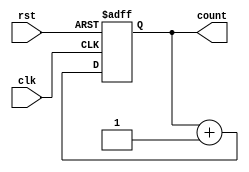
//
// Copyright 1991-2015 Mentor Graphics Corporation
//
// All Rights Reserved.
//
// THIS WORK CONTAINS TRADE SECRET AND PROPRIETARY INFORMATION WHICH IS THE PROPERTY OF 
// MENTOR GRAPHICS CORPORATION OR ITS LICENSORS AND IS SUBJECT TO LICENSE TERMS.
//   

module counter (count, clk, rst);
output [7:0] count;
input clk, rst;

reg [7:0] count;
parameter tpd_clk_to_count   =  1;
parameter tpd_reset_to_count =  1;


function [7:0] increment;
input [7:0] val;
reg [3:0] i;
reg carry;
  begin
    increment = val;
    carry = 1'b1;
    /* 
     * Exit this loop when carry == zero, OR all bits processed 
     */ 
    for (i = 4'b0; ((carry == 4'b1) || (i <= 7));  i = i+ 4'b1)
       begin
         increment[i] = val[i] ^ carry;
         carry = val[i] & carry;
       end
  end       
endfunction

/***************************************************************** 
 * The following always block was changed to make it synthesizable.
always @ (posedge clk or posedge rst)
  if (rst)
     count = #tpd_reset_to_count 8'h00;
  else
     count <= #tpd_clk_to_count increment(count);
******************************************************************/

always @ (posedge clk or posedge rst)
  if (rst)
     count = 8'h00;
  else
     count <= count + 8'h01;
   
endmodule